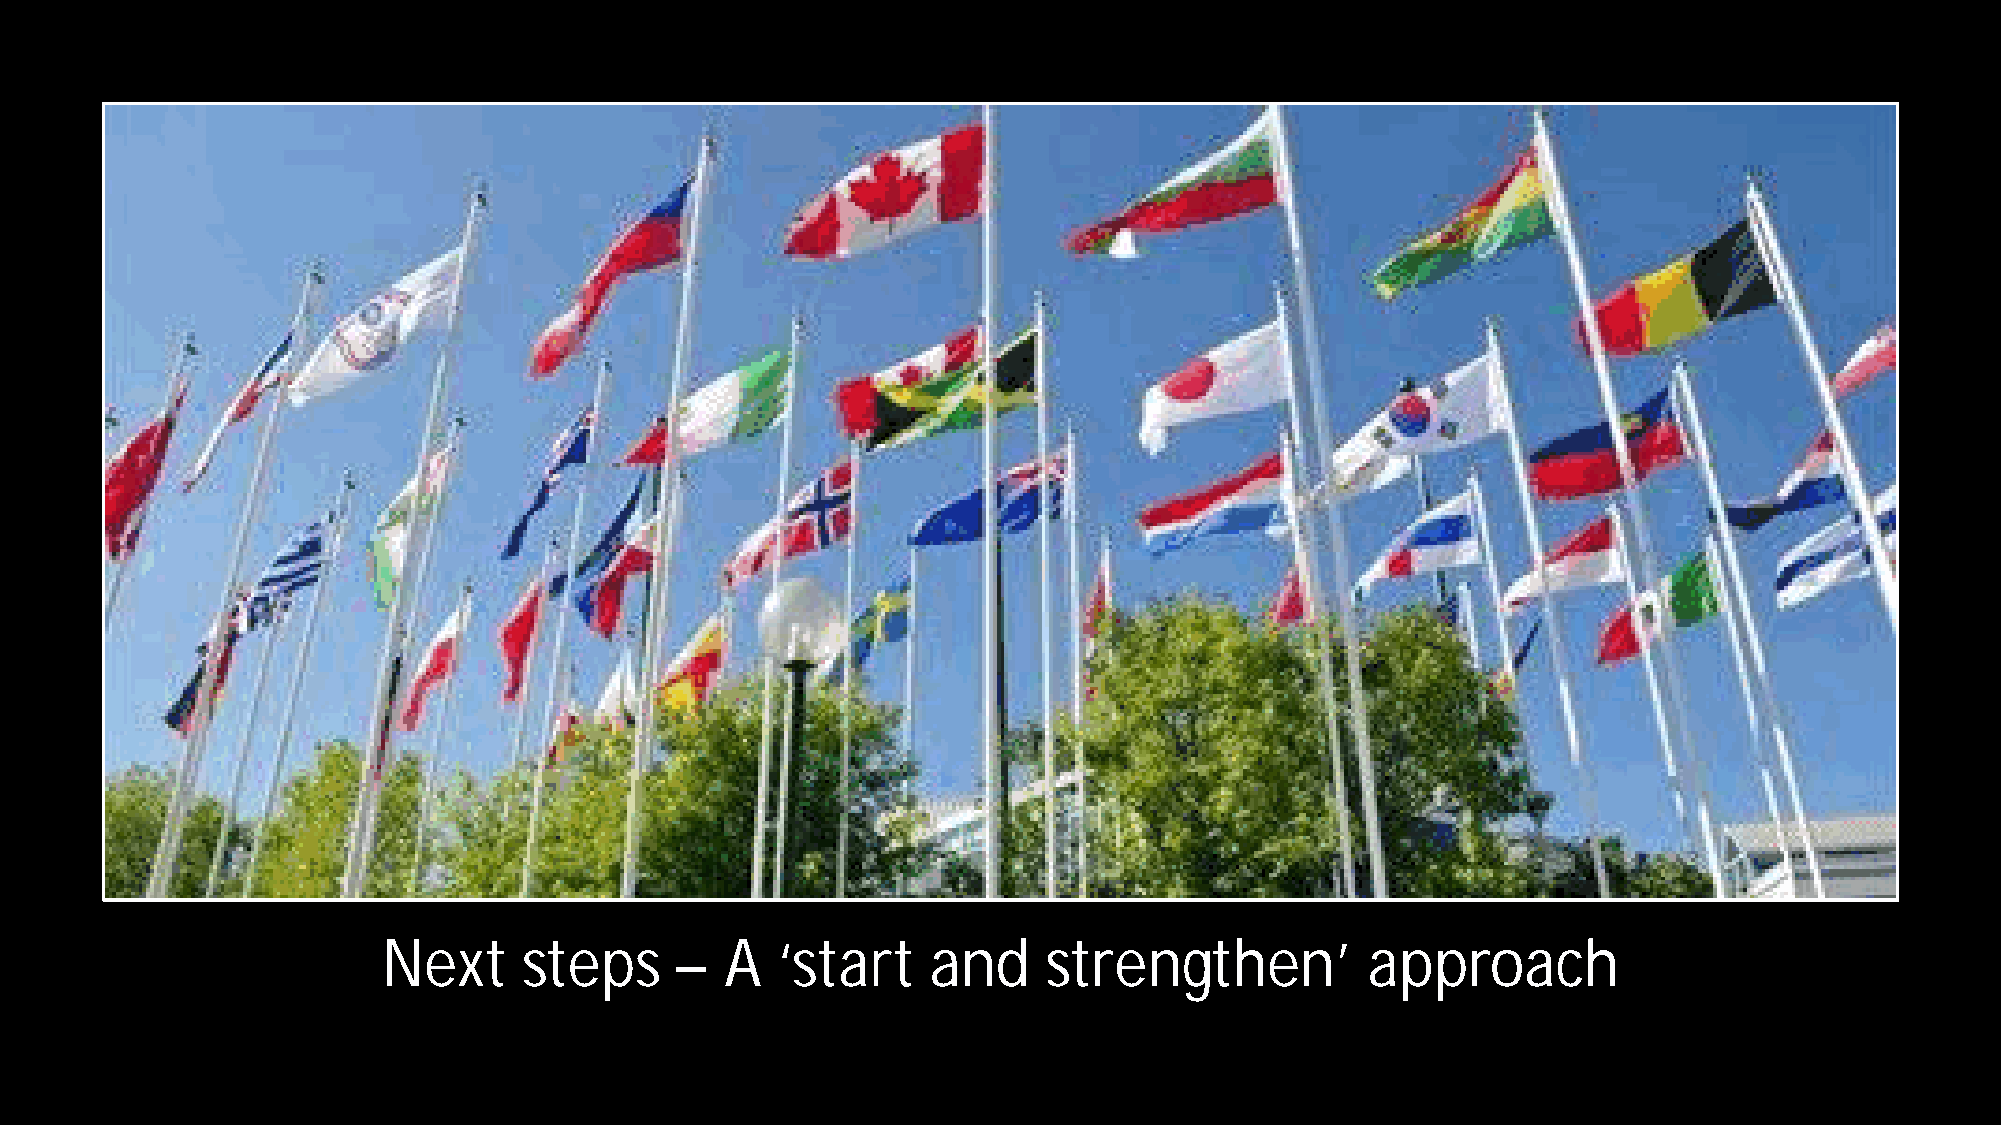
Next      steps     –  A  ‘start     and    strengthen’           approach